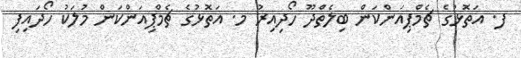
ފ. އަތޮޅުގެ ޗެމްޕިއަންކަން ބިލެތްދޫ ހޯދިއިރު މ. އަތޮޅުގެ ޗެމްޕިއަންކަން މުލަކު ހޯދައިފި